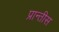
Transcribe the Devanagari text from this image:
प्रान्तीस